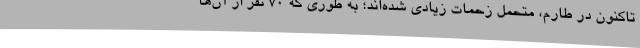
تاکنون در طارم، متحمل زحمات زیادی شده‌اند؛ به طوری‌ که 70 نفر از آن‌ها